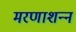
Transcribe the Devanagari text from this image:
मरणाशन्‍न